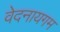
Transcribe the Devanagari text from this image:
वेदनायगम